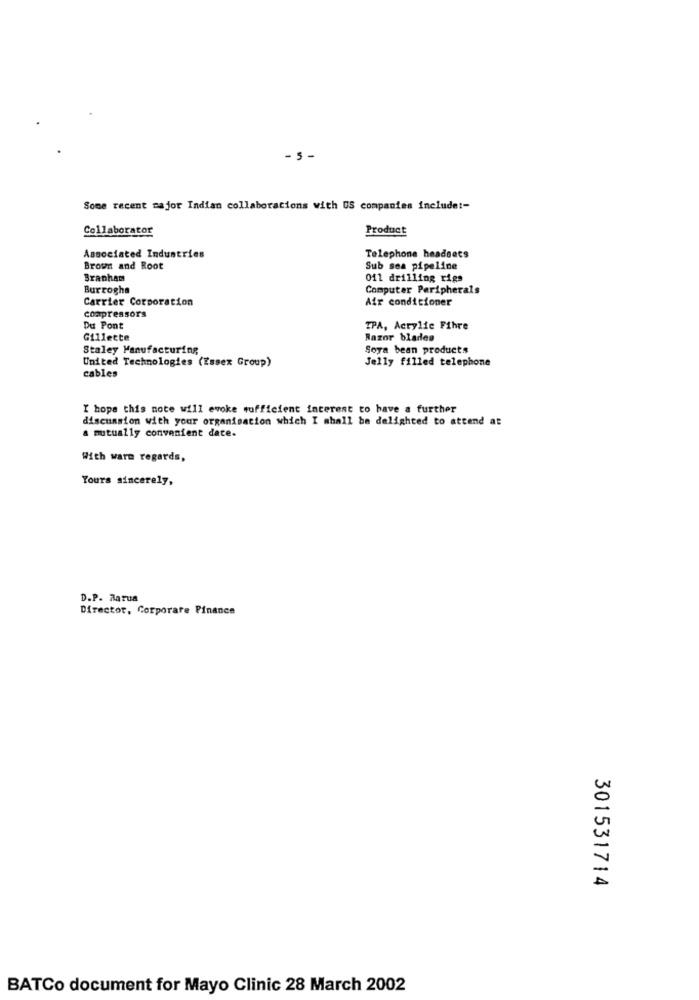
-5-
Some recent major Indian collaborations with US companies include :-
Collaborator
Product
Associated Industries
Telephone headsets
Brown and Root
Sub sea pipeline
Branham
011 drilling rigs
Burrogha
Computer Peripherals
Carrier Corporation
Air conditioner
compressors
Du Pont
TPA, Acrylic Fihre
Gillette
Razor blades
Staley Manufacturing
Soya bean products
United Technologies (Essex Group)
Jelly filled telephone
cables
I hope this note will evoke sufficient interest to have a further
discussion with your organisation which I shall be delighted to attend at
a mutually convenient date.
With warm regards,
Yours sincerely,
D.P. Rarua
Director, Corporate Finance
301531714
BATCo document for Mayo Clinic 28 March 2002